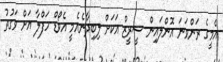
އެމީގެ ރަންވަނަ އޮންލައިން ސީރީޒް އަކަށް ލިބިދާނެއެމީ އެވޯޑް ހަފްލާ އަށް ވަގުތު